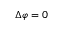
\Delta \varphi = 0